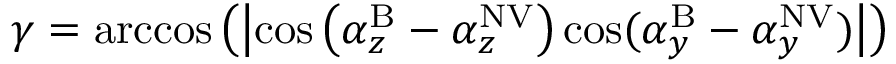
\gamma = \operatorname { a r c c o s } \left( \left| \cos \left( \alpha _ { z } ^ { \mathrm { B } } - \alpha _ { z } ^ { \mathrm { N V } } \right) \cos ( \alpha _ { y } ^ { \mathrm { B } } - \alpha _ { y } ^ { \mathrm { N V } } ) \right| \right)